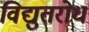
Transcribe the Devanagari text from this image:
विद्युतरोध